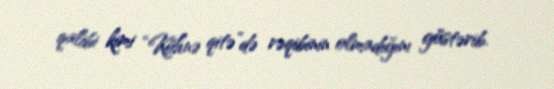
qalibi kimi “Köhnə qitə”də rəqibinin olmadığını göstərib.